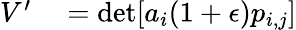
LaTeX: \begin{array}{rl}{V^{\prime}}&{{}=\operatorname*{det}[a_{i}(1+\epsilon)p_{i,j}]}\end{array}